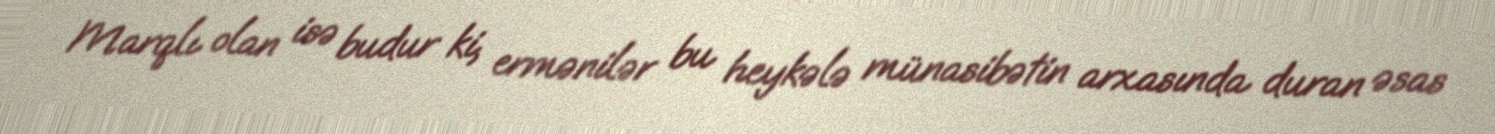
Marqlı olan isə budur ki, ermənilər bu heykələ münasibətin arxasında duran əsas